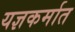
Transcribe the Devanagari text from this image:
यज्ञकर्मात